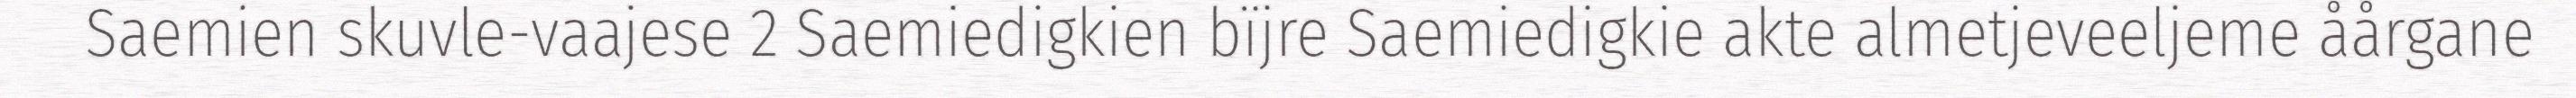
Saemien skuvle-vaajese 2 Saemiedigkien bïjre Saemiedigkie akte almetjeveeljeme åårgane